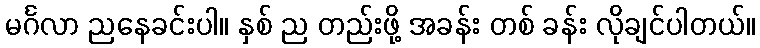
မင်္ဂလာ ညနေခင်းပါ။ နှစ် ည တည်းဖို့ အခန်း တစ် ခန်း လိုချင်ပါတယ်။